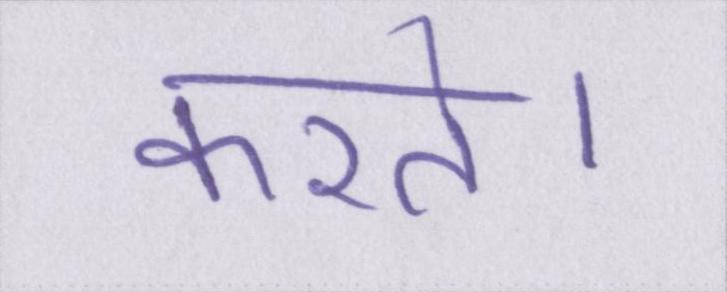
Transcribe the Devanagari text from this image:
करते।